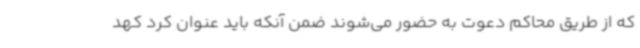
که از طریق محاکم دعوت به حضور می‌شوند ضمن آنکه باید عنوان کرد کهد